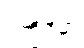
ဥက္ခိပိမှာ